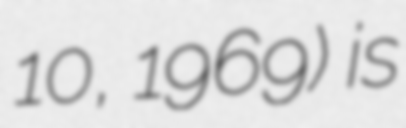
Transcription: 10, 1969) is